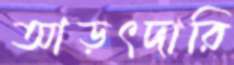
আড়ৎদারি